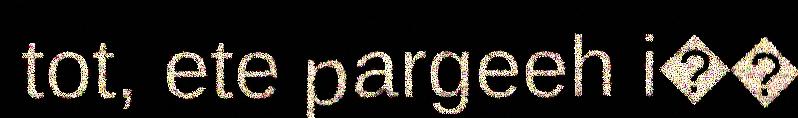
tot, ete pargeeh i��